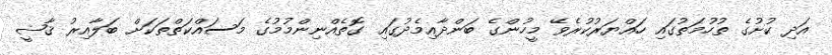
އަދި ކުށުގެ ތުހުމަތުގައި ހައްޔަރުކުރެވޭ މީހުންގެ ބަންދާއިމެދުގައި ގޮތެއްނިންމުމުގެ މަސައްކަތްތަކަށް ބަލާއިރު ޤާޟީ